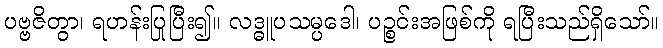
ပဗ္ဗဇိတွာ၊ ရဟန်းပြုပြီး၍။ လဒ္ဓူပသမ္ပဒေါ၊ ပဉ္စင်းအဖြစ်ကို ရပြီးသည်ရှိသော်။